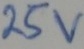
Text: 25v